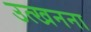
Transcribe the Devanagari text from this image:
उत्खनना